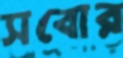
সবোর